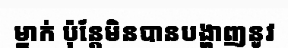
ម្នាក់ ប៉ុន្តែមិនបានបង្ហាញនូវ